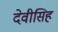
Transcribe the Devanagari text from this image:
देवीसिह